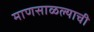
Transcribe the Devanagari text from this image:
माणसाळल्याची